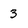
Character: 3